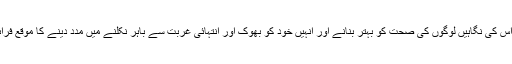
ترقی پذیر ممالک میں، اس کی نگاہیں لوگوں کی صحت کو بہتر بنانے اور انہیں خود کو بھوک اور انتہائی غربت سے باہر نکلنے میں مدد دینے کا موقع فراہم کرنے پر مرکوز ہیں۔